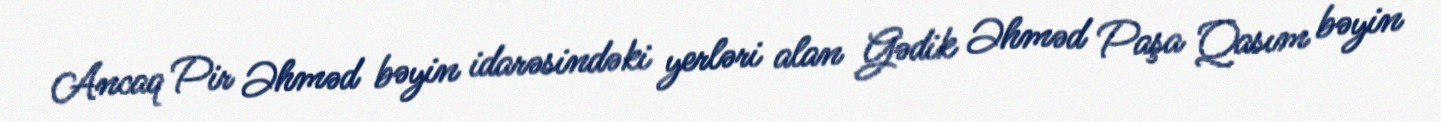
Ancaq Pir Əhməd bəyin idarəsindəki yerləri alan Gədik Əhməd Paşa Qasım bəyin